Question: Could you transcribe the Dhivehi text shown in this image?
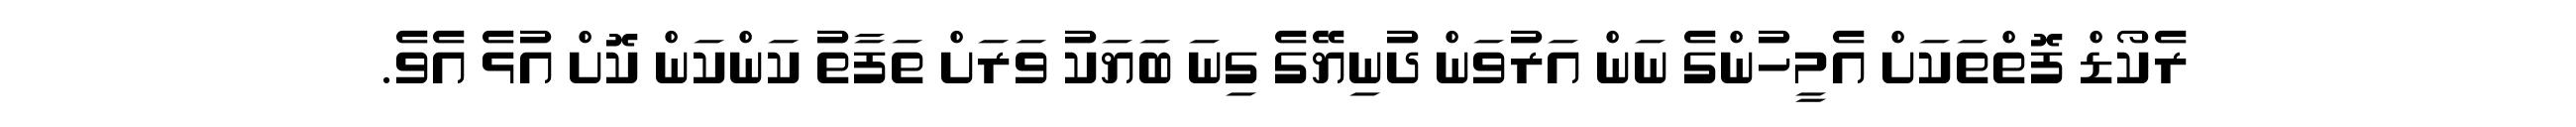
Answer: ރެކޯޑް ފޮތްތަކަށް އެމީހުންގެ ނަން އަރުވަން ދުނިޔޭގެ ގިނަ ބަޔަކު ވަރަށް ތަފާތު ކަންކަން ކޮށް އުޅެ އެވެ.